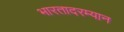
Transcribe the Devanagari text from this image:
भारतादरम्यान